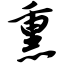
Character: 熏